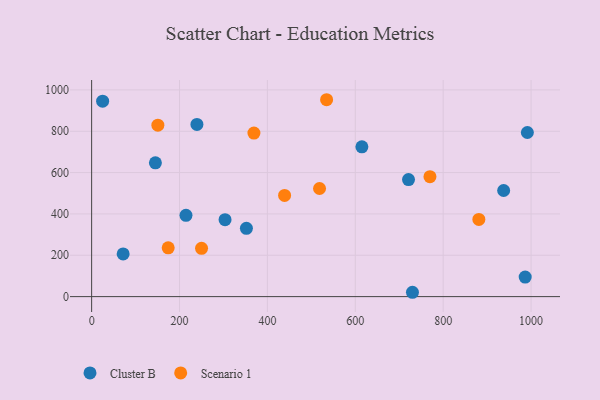
{"axis": {"x": "Investment", "y": "Profit"}, "legend": ["Cluster B", "Scenario 1"], "data": [{"x": "730.1", "y": 21.0, "type": "Cluster B"}, {"x": "991.6", "y": 794.0, "type": "Cluster B"}, {"x": "25.0", "y": 945.7, "type": "Cluster B"}, {"x": "721.1", "y": 566.4, "type": "Cluster B"}, {"x": "214.7", "y": 393.4, "type": "Cluster B"}, {"x": "986.6", "y": 94.4, "type": "Cluster B"}, {"x": "145.1", "y": 647.2, "type": "Cluster B"}, {"x": "352.2", "y": 330.2, "type": "Cluster B"}, {"x": "937.6", "y": 513.4, "type": "Cluster B"}, {"x": "71.7", "y": 206.4, "type": "Cluster B"}, {"x": "239.6", "y": 833.2, "type": "Cluster B"}, {"x": "615.0", "y": 724.5, "type": "Cluster B"}, {"x": "303.6", "y": 372.4, "type": "Cluster B"}, {"x": "174.2", "y": 236.2, "type": "Scenario 1"}, {"x": "518.6", "y": 523.0, "type": "Scenario 1"}, {"x": "769.9", "y": 580.0, "type": "Scenario 1"}, {"x": "534.7", "y": 952.5, "type": "Scenario 1"}, {"x": "369.3", "y": 791.3, "type": "Scenario 1"}, {"x": "439.1", "y": 489.7, "type": "Scenario 1"}, {"x": "881.2", "y": 373.6, "type": "Scenario 1"}, {"x": "250.1", "y": 233.7, "type": "Scenario 1"}, {"x": "150.7", "y": 829.6, "type": "Scenario 1"}]}